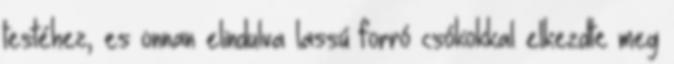
testéhez, es onnan elindulva lassú forró csókokkal elkezdte meg